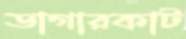
ডাগারকাট